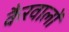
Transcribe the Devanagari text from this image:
कैरवालों